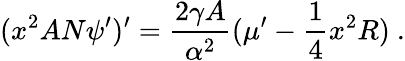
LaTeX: (x^{2}AN\psi^{\prime})^{\prime}=\frac{2\gamma A}{\alpha^{2}}({\mu^{\prime}}-{\frac{1}{4}}x^{2}R)\ .